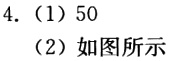
4. (1) 50
(2) 如图所示